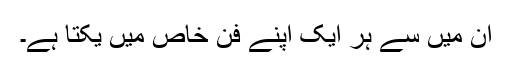
ان میں سے ہر ایک اپنے فن خاص میں یکتا ہے۔